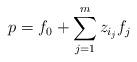
LaTeX: \begin{align*} p = f_0 + \sum_{j=1}^m z_{i_j} f_j \end{align*}